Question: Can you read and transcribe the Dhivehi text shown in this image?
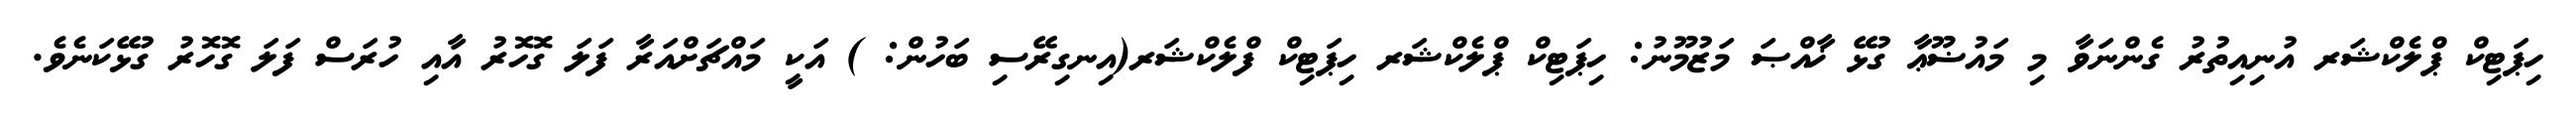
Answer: ހިޕަޓިކް ޕްލެކްޝަރ އުނިއިތުރު ގެންނަވާ މި މައުޟޫޢާ ގުޅޭ ޚާއްޞަ މަޒުމޫނު: ހިޕަޓިކް ޕްލެކްޝަރ ހިޕަޓިކް ފްލެކްޝަރ(އިނގިރޭސި ބަހުން: ) އަކީ މައްޗަށްއަރާ ފަލަ ގޮހޮރު އާއި ހުރަސް ފަލަ ގޮހޮރު ގުޅޭކަނެވެ.